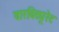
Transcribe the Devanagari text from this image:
वारविट्यूरेट